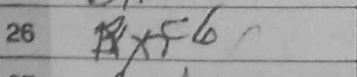
Transcription: Rxf6